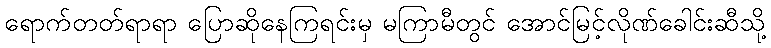
ရောက်တတ်ရာရာ ပြောဆိုနေကြရင်းမှ မကြာမီတွင် အောင်မြင့်လိုဏ်ခေါင်းဆီသို့